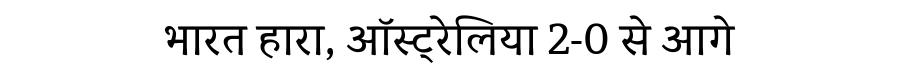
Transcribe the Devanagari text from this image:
भारत हारा, ऑस्ट्रेलिया 2-0 से आगे